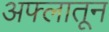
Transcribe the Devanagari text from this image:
अफ्लातून